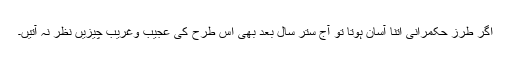
اگر طرزِ حکمرانی اتنا آسان ہوتا تو آج ستر سال بعد بھی اس طرح کی عجیب وغریب چیزیں نظر نہ آتیں۔